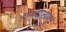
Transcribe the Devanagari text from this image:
गणराज्यातून